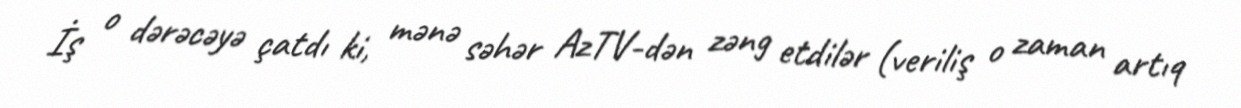
İş o dərəcəyə çatdı ki, mənə səhər AzTV-dən zəng etdilər (veriliş o zaman artıq